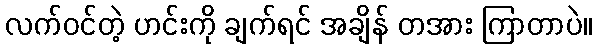
လက်ဝင်တဲ့ ဟင်းကို ချက်ရင် အချိန် တအား ကြာတာပဲ။